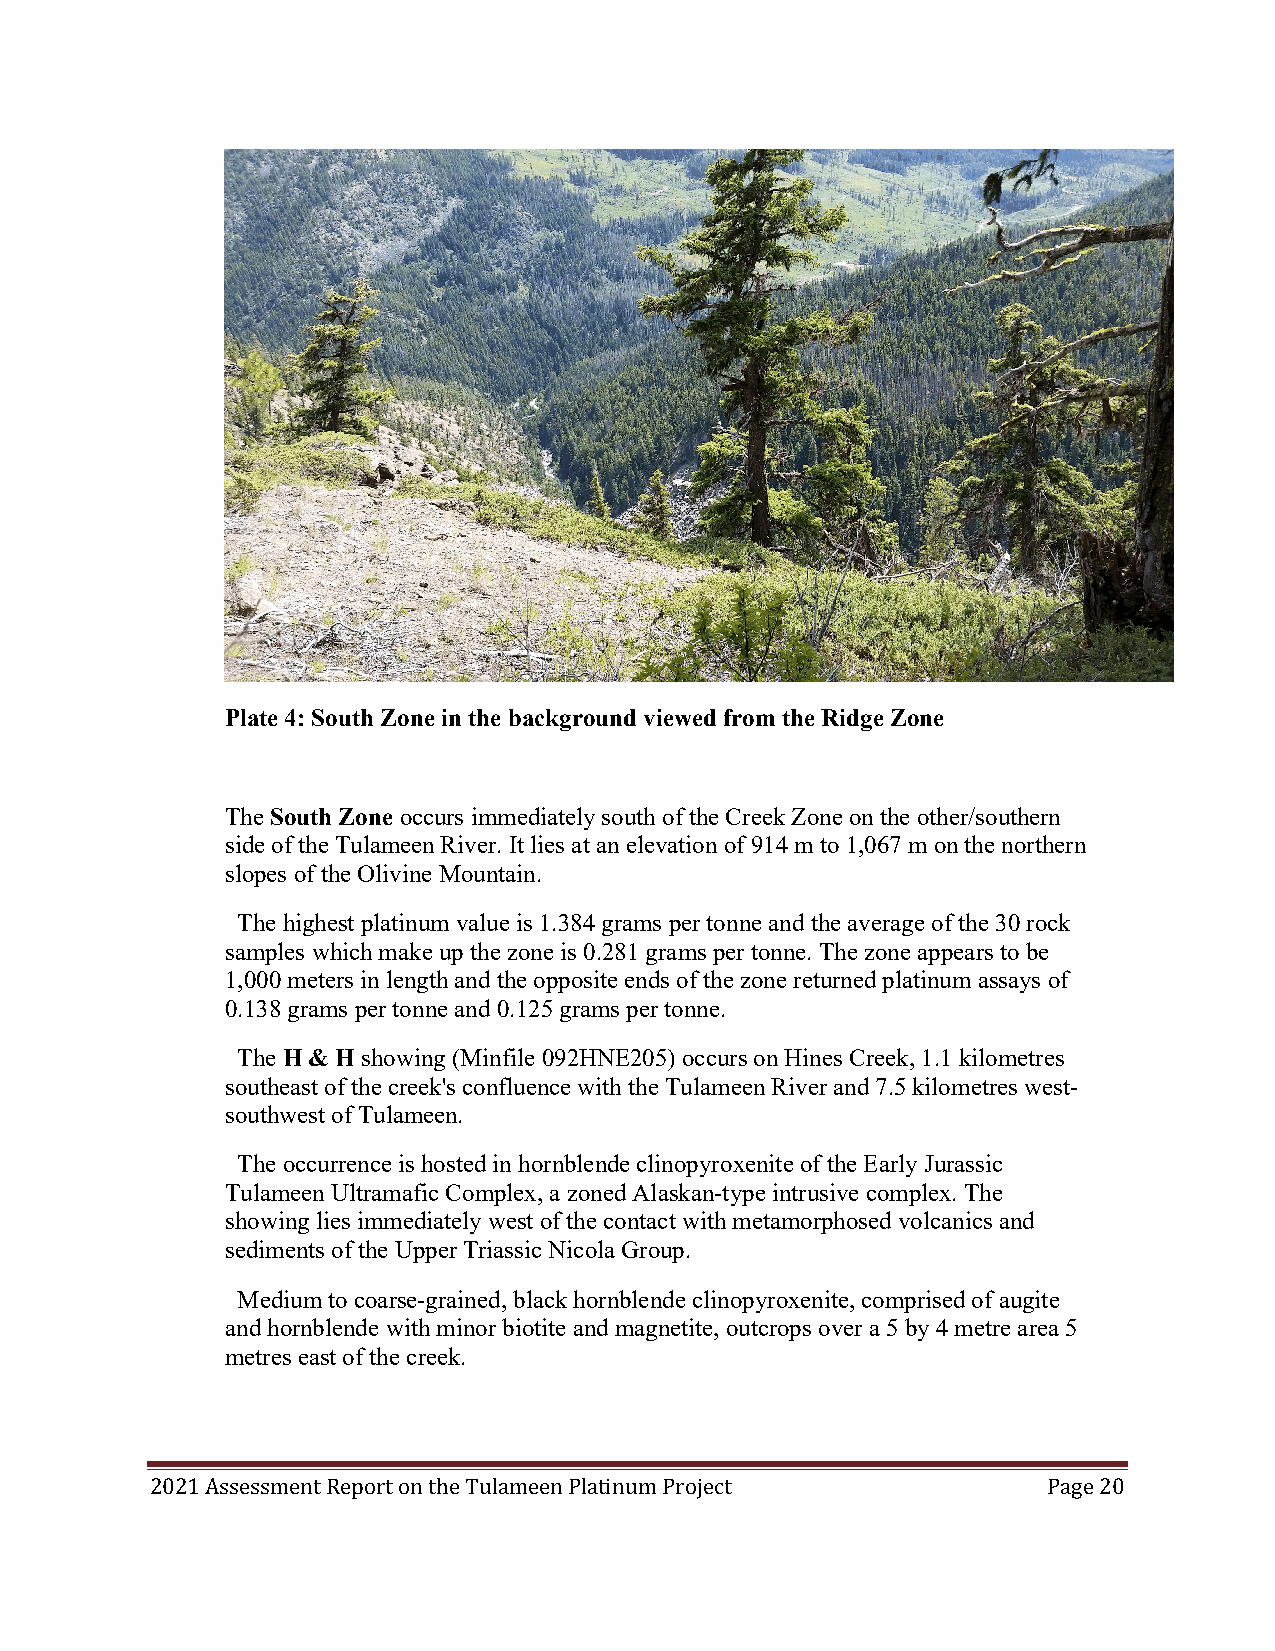
Plate 4: South Zone in the background viewed from the Ridge Zone
 The South Zone occurs immediately south of the Creek Zone on the other/southern
 side of the Tulameen River. It lies at an elevation of 914 m to 1,067 m on the northern
 slopes of the Olivine Mountain.
 The highest platinum value is 1.384 grams per tonne and the average of the 30 rock
 samples which make up the zone is 0.281 grams per tonne. The zone appears to be
 1,000 meters in length and the opposite ends of the zone returned platinum assays of
 0.138 grams per tonne and 0.125 grams per tonne.
 The H & H showing (Minfile 092HNE205) occurs on Hines Creek, 1.1 kilometres
 southeast of the creek's confluence with the Tulameen River and 7.5 kilometres west-
 southwest of Tulameen.
 The occurrence is hosted in hornblende clinopyroxenite of the Early Jurassic
 Tulameen Ultramafic Complex, a zoned Alaskan-type intrusive complex. The
 showing lies immediately west of the contact with metamorphosed volcanics and
 sediments of the Upper Triassic Nicola Group.
 Medium to coarse-grained, black hornblende clinopyroxenite, comprised of augite
 and hornblende with minor biotite and magnetite, outcrops over a 5 by 4 metre area 5
 metres east of the creek.
 2021 Assessment Report on the Tulameen Platinum Project    Page 20